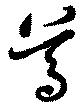
尊